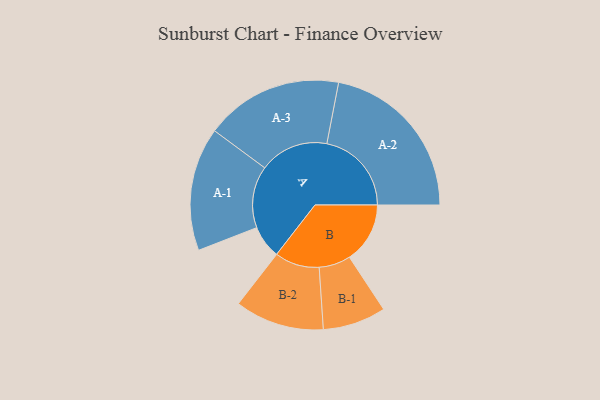
{"axis": {"x": "Segment", "y": "Value"}, "legend": ["", "A", "B"], "data": [{"x": "A", "y": 114, "type": ""}, {"x": "B", "y": 209, "type": ""}, {"x": "A-1", "y": 213, "type": "A"}, {"x": "A-2", "y": 292, "type": "A"}, {"x": "A-3", "y": 238, "type": "A"}, {"x": "B-1", "y": 109, "type": "B"}, {"x": "B-2", "y": 154, "type": "B"}]}